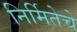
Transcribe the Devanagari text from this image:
निर्मितेचे